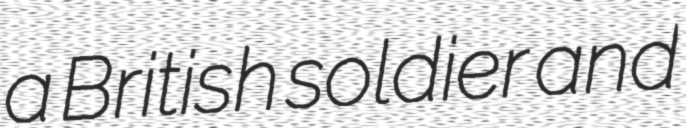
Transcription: a British soldier and